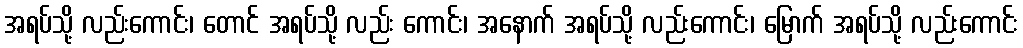
အရပ်သို့ လည်းကောင်း၊ တောင် အရပ်သို့ လည်း ကောင်း၊ အနောက် အရပ်သို့ လည်းကောင်း၊ မြောက် အရပ်သို့ လည်းကောင်း